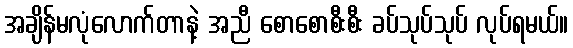
အချိန်မလုံလောက်တာနဲ့ အညီ စောစောစီးစီး ခပ်သုပ်သုပ် လုပ်ရမယ်။